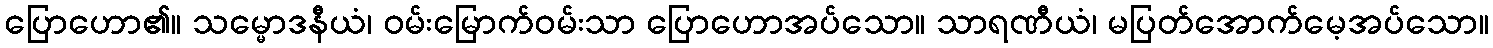
ပြောဟော၏။ သမ္မောဒနီယံ၊ ဝမ်းမြောက်ဝမ်းသာ ပြောဟောအပ်သော။ သာရဏီယံ၊ မပြတ်အောက်မေ့အပ်သော။